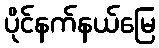
ပိုင်နက်နယ်မြေ